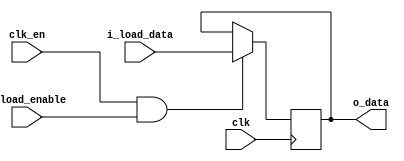
`default_nettype none

module Register #(
  parameter WIDTH = 16
)(
  input wire             clk,
  input wire             clk_en,
  input wire             i_load_enable,
  input wire [WIDTH-1:0] i_load_data,

  output reg [WIDTH-1:0] o_data
);

  initial begin
    o_data = {WIDTH{1'b0}};
  end

  wire load = clk_en & i_load_enable;

  always @(posedge clk) o_data <= load ? i_load_data : o_data;

endmodule